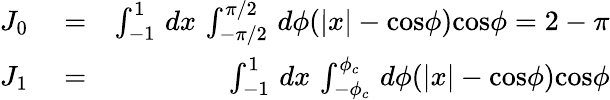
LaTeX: \begin{array}{rlr}{J_{0}}&{{}=}&{\int_{-1}^{1}\, dx\, \int_{-\pi/2}^{\pi/2}\, d\phi(|x|-\mathrm{cos}\phi)\mathrm{cos}\phi=2-\pi}\\ {J_{1}}&{{}=}&{\int_{-1}^{1}\, dx\, \int_{-\phi_{c}}^{\phi_{c}}\, d\phi(|x|-\mathrm{cos}\phi)\mathrm{cos}\phi}\end{array}